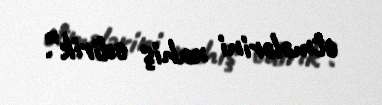
etmələrini xahiş edirik”.